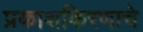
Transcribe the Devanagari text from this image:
प्रकाशकिरणाचे